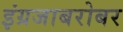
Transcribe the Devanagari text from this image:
इंग्रजाबरोबर